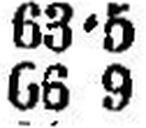
66 9